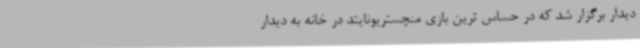
دیدار برگزار شد که در حساس ترین بازی منچستریونایتد در خانه به دیدار